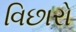
વિછારો